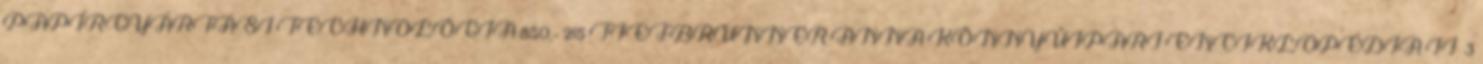
PAPÍRGYÁRTÁSI TECHNOLÓGIA 850,- 215 TIEFBRUNNER ANNA KÖNNYŰIPARI ENCIKLOPÉDIA II 3